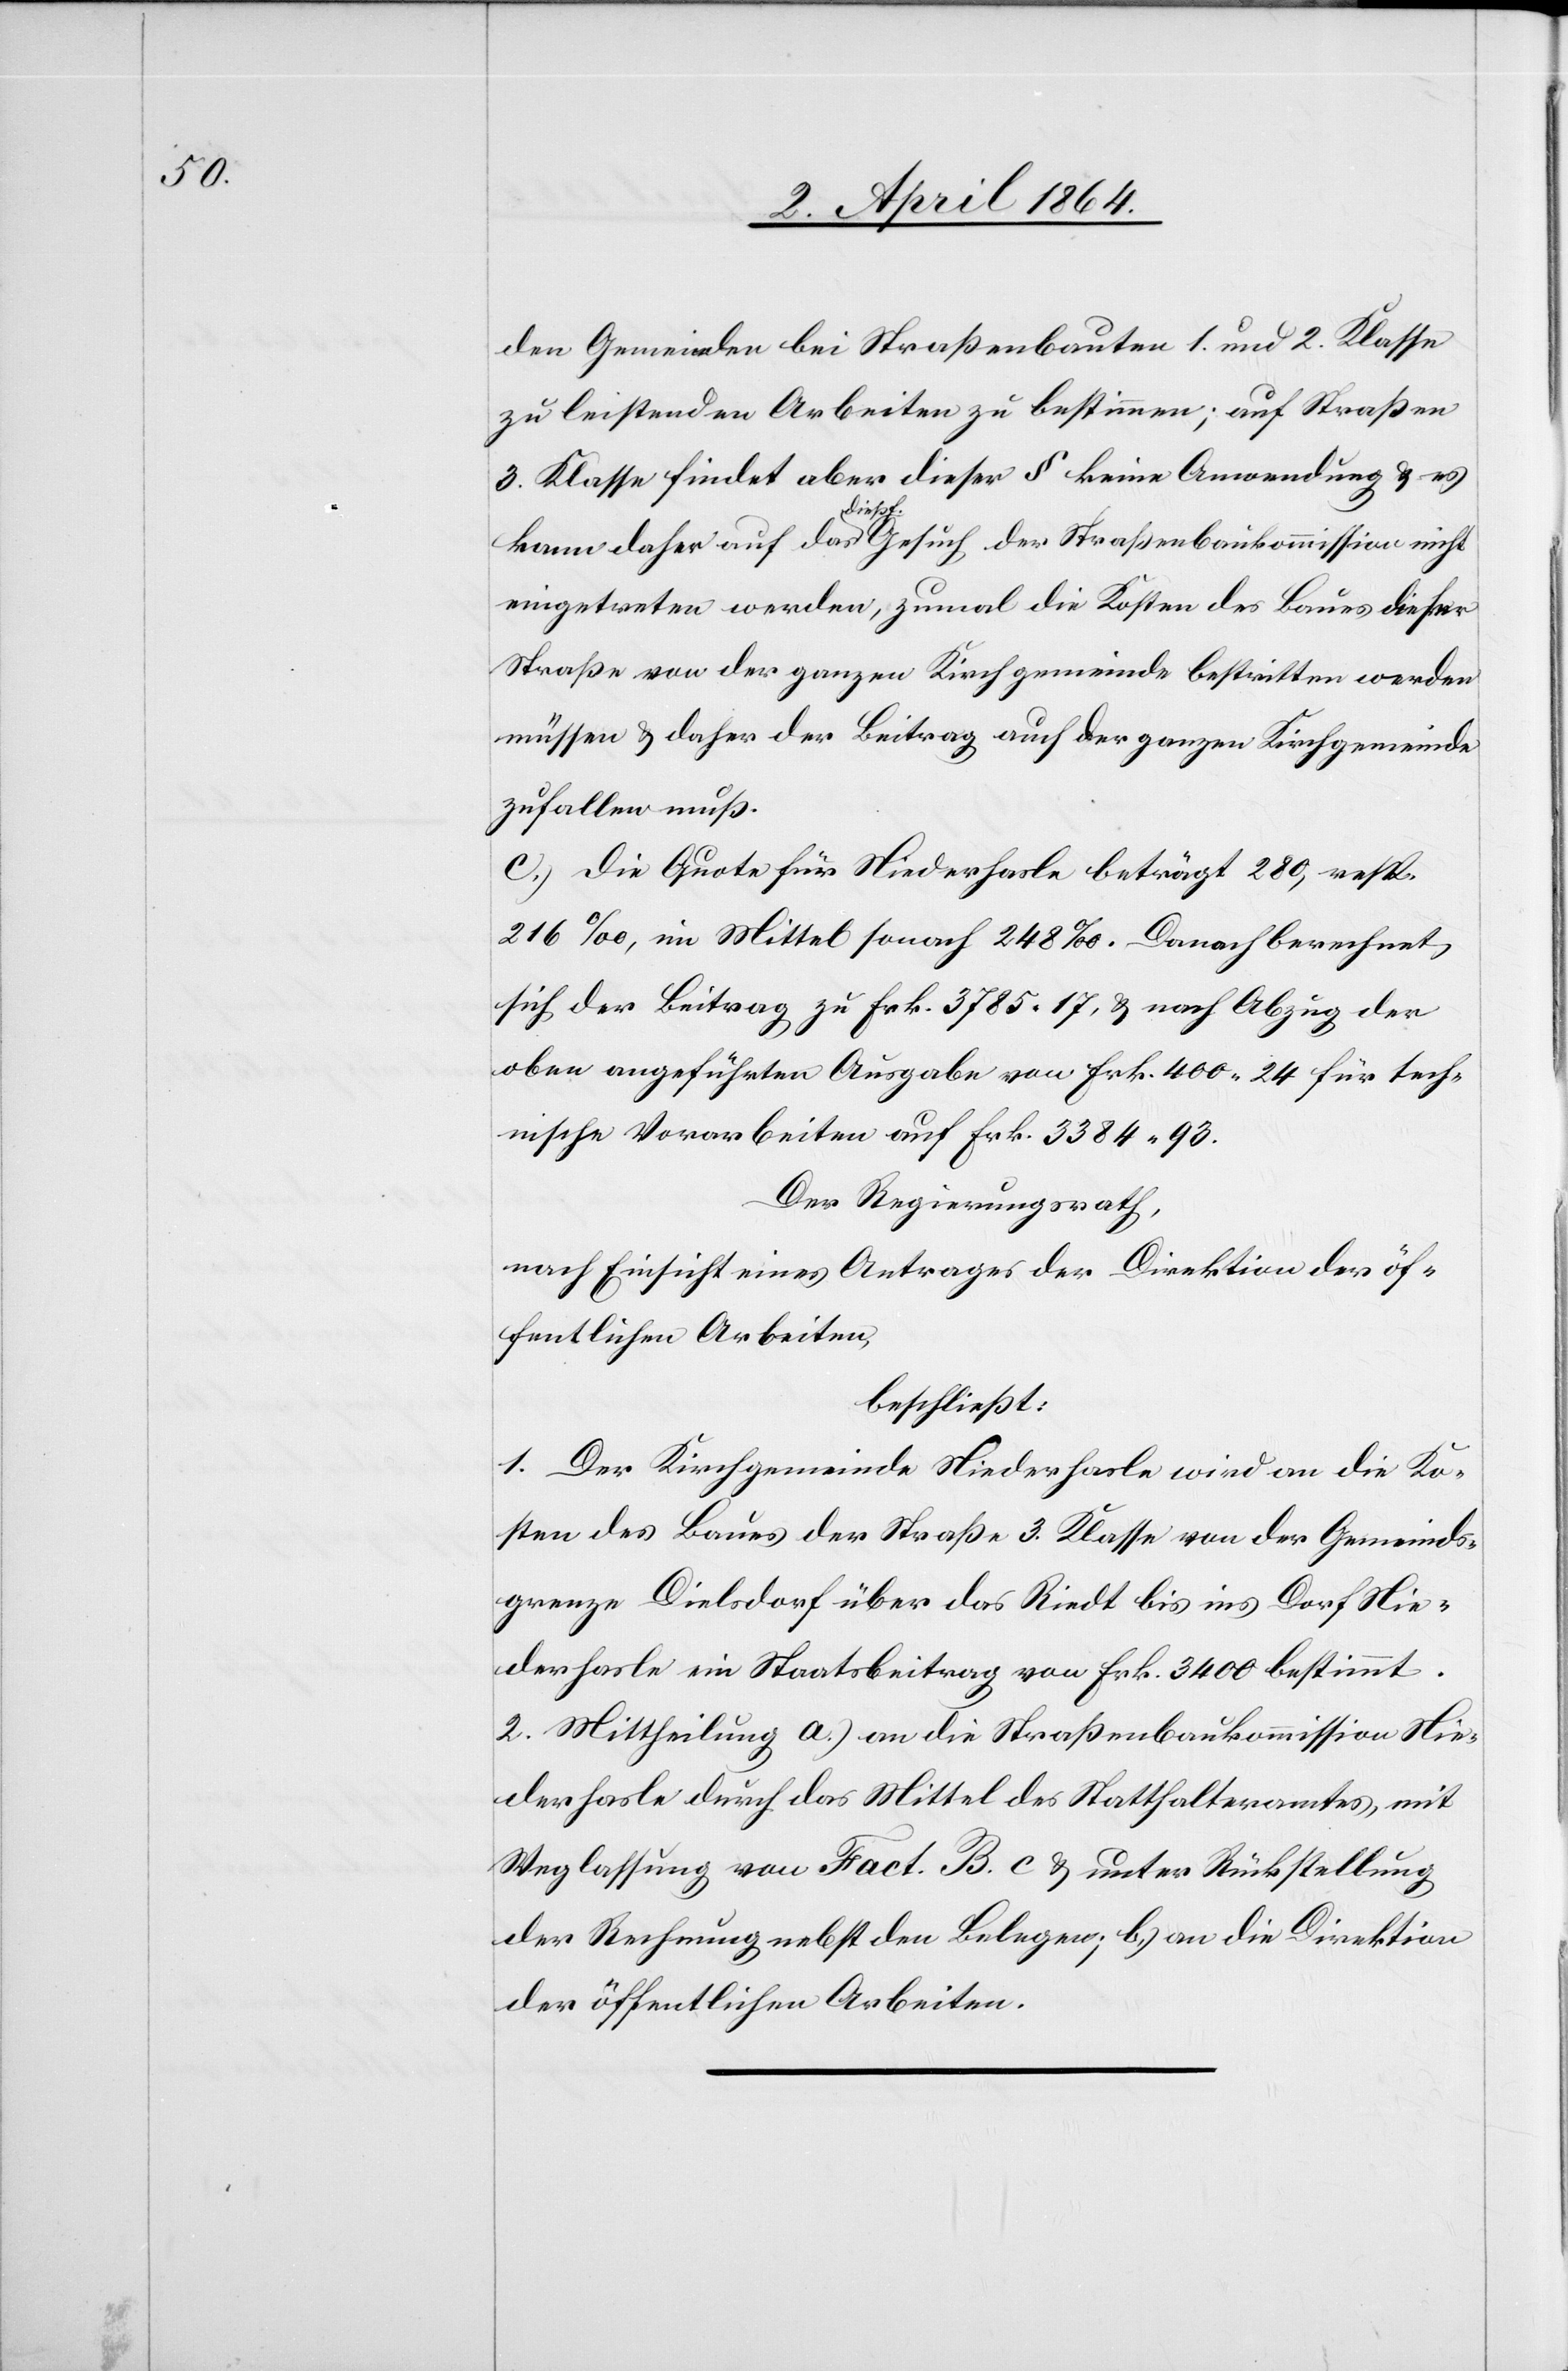
den Gemeinden bei Straßenbauten 1. und 2. Klasse
zu leistenden Arbeiten zu bestimmen; auf Straßen
3. Klasse findet aber dieser § keine Anwendung u. es
eingetreten werden, zumal die Kosten des Baues dieser
Straße von der ganzen Kirchgemeinde bestritten werden
müssen u. daher der Beitrag auch der ganzen Kirchgemeinde
zufallen muß.
c.) Die Quote für Niederhasle beträgt 280, resp.
216‰, im Mittel sonach 248‰. Danach berechnet
sich der Beitrag zu Frk. 3785 17, u. nach Abzug der
oben angeführten Ausgabe von Frk. 400 24 für tech¬
nische Vorarbeiten auf Frk. 3384 93.
Der Regierungsrath,
nach Einsicht eines Antrages der Direktion der öf¬
fentlichen Arbeiten,
beschließt:
1. Der Kirchgemeinde Niederhalse wird an die Ko¬
sten des Baues der Straße 3. Klasse von der Gemeinds¬
grenze Dielsdorf über das Riedt bis ins Dorf Nie¬
derhalse ein Staatsbeitrag von Frk. 3400 bestimmt.
2. Mittheilung a.) an die Straßenbaukommission Nie¬
derhasle durch das Mittel des Statthalteramtes, mit
Weglassung von Fact. B. c u. unter Rückstellung
der Rechnung nebst den Belegen; b.) an die Direktion
der öffentlichen Arbeiten.